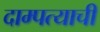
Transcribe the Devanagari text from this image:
दाम्पत्याची